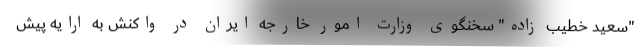
"سعید خطیب زاده" سخنگوی وزارت امور خارجه ایران در واکنش به ارایه پیش